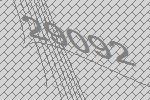
29092